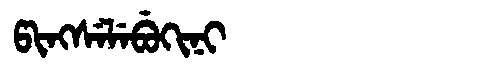
Manchu: ᡦᡳᠩᠰᡝᠯᡝᠪᡠᡴᡳᠨᡳ
Romanization: PINGSELEBUKINI